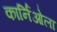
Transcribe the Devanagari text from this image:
कार्निओला